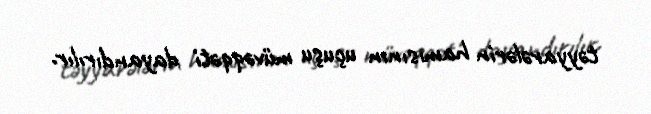
təyyarələrin hamısının uçuşu müvəqqəti dayandırılır.